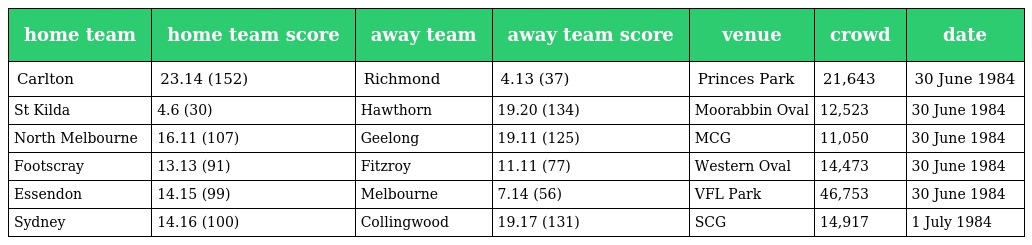
| home team | home team score | away team | away team score | venue | crowd | date |
 | --- | --- | --- | --- | --- | --- | --- |
 | Carlton | 23.14 (152) | Richmond | 4.13 (37) | Princes Park | 21,643 | 30 June 1984 |
 | St Kilda | 4.6 (30) | Hawthorn | 19.20 (134) | Moorabbin Oval | 12,523 | 30 June 1984 |
 | North Melbourne | 16.11 (107) | Geelong | 19.11 (125) | MCG | 11,050 | 30 June 1984 |
 | Footscray | 13.13 (91) | Fitzroy | 11.11 (77) | Western Oval | 14,473 | 30 June 1984 |
 | Essendon | 14.15 (99) | Melbourne | 7.14 (56) | VFL Park | 46,753 | 30 June 1984 |
 | Sydney | 14.16 (100) | Collingwood | 19.17 (131) | SCG | 14,917 | 1 July 1984 |